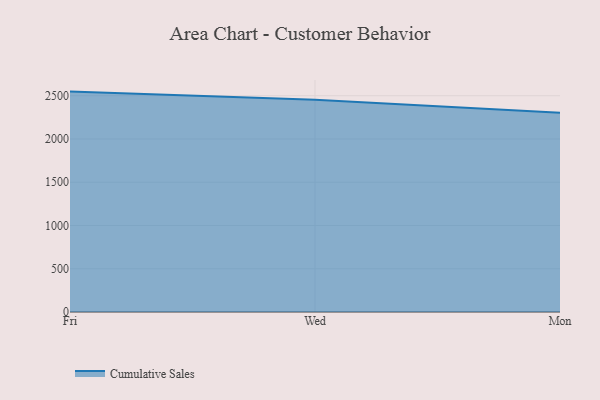
{"axis": {"x": "Day", "y": "Active Users"}, "legend": ["Cumulative Sales"], "data": [{"x": "Fri", "y": 2547.8, "type": "Cumulative Sales"}, {"x": "Wed", "y": 2455.0, "type": "Cumulative Sales"}, {"x": "Mon", "y": 2304.7, "type": "Cumulative Sales"}]}